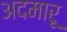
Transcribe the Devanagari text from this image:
अदमारू